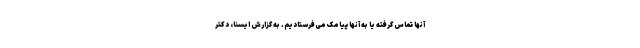
آنها تماس گرفته یا به آنها پیامک می‌فرستادیم. به گزارش ایسنا، دکتر